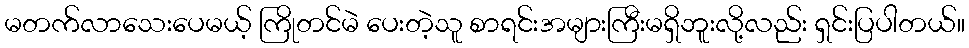
မတက်လာသေးပေမယ့် ကြိုတင်မဲ ပေးတဲ့သူ စာရင်းအများကြီးမရှိဘူးလို့လည်း ရှင်းပြပါတယ်။